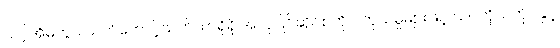
သင့်အိမ်တွင် သက်တောင့်သက်သာရှိရှိ အလှပြင်ဆိုင်စတိုင် ကုသမှုများဖြင့် သင်ကိုယ်တိုင်နှင့်